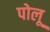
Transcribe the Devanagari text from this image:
पोलू